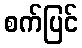
စက်ပြင်